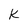
Character: k